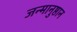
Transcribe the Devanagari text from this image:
जन्मानुष्ठान